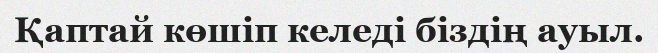
Қаптай көшіп келеді біздің ауыл.